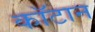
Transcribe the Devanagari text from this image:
कॉटान